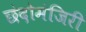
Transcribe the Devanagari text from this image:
छंदोमंजिरी